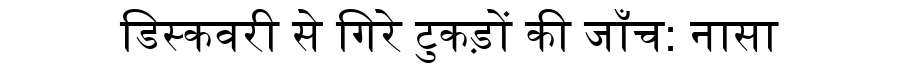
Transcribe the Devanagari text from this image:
डिस्कवरी से गिरे टुकड़ों की जाँच: नासा